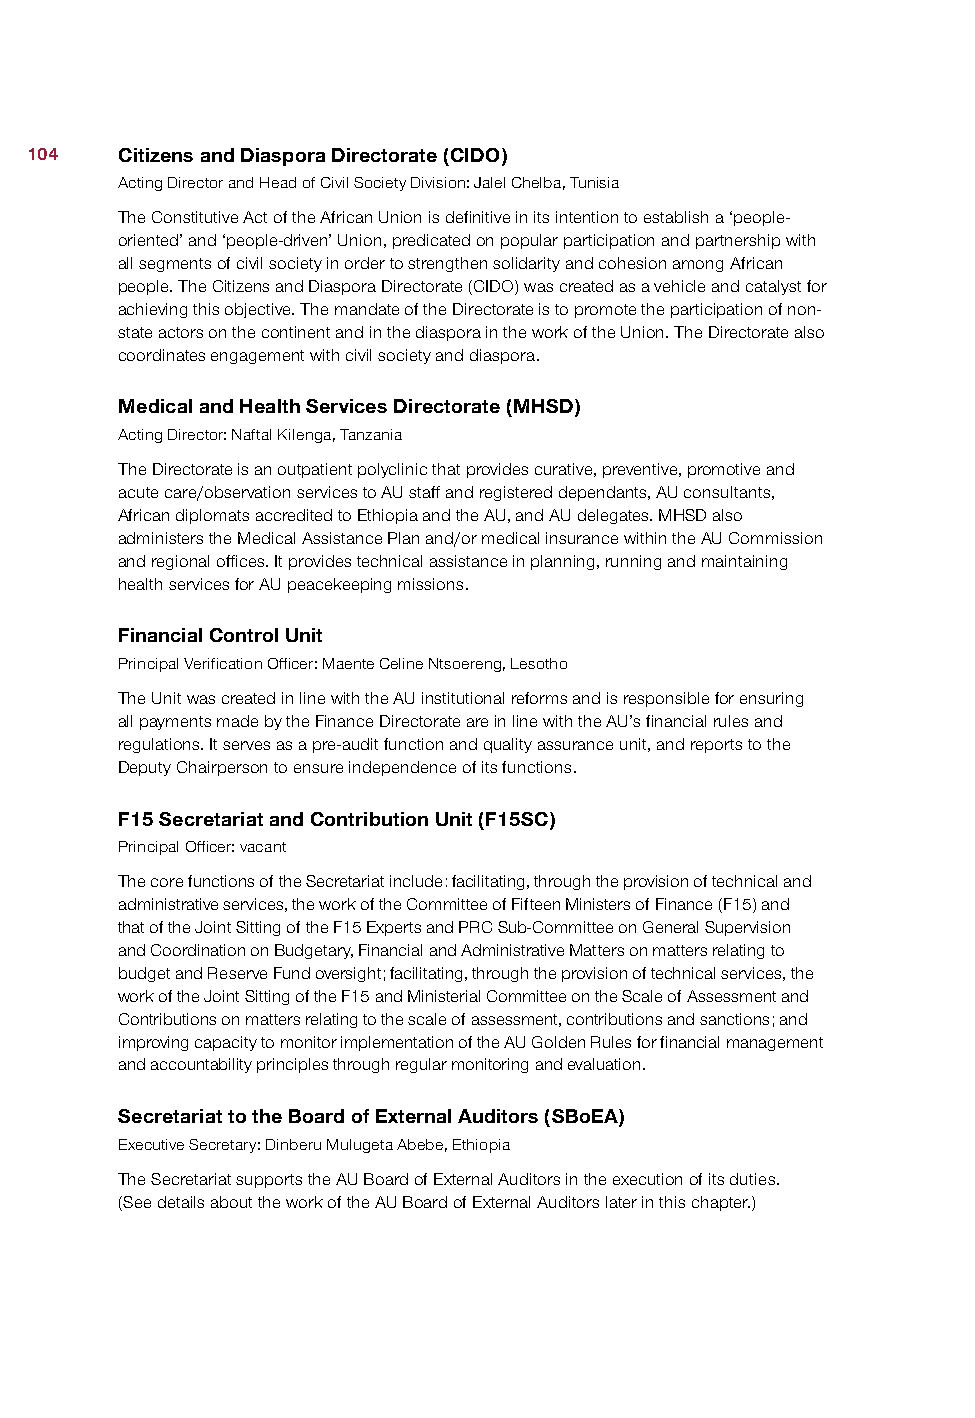
104   Citizens and Diaspora Directorate (CIDO)
 Acting Director and Head of Civil Society Division: Jalel Chelba, Tunisia
 The Constitutive Act of the African Union is definitive in its intention to establish a ‘people-
 oriented’ and ‘people-driven’ Union, predicated on popular participation and partnership with
 all segments of civil society in order to strengthen solidarity and cohesion among African
 people. The Citizens and Diaspora Directorate (CIDO) was created as a vehicle and catalyst for
 achieving this objective. The mandate of the Directorate is to promote the participation of non-
 state actors on the continent and in the diaspora in the work of the Union. The Directorate also
 coordinates engagement with civil society and diaspora.
 Medical and Health Services Directorate (MHSD)
 Acting Director: Naftal Kilenga, Tanzania
 The Directorate is an outpatient polyclinic that provides curative, preventive, promotive and
 acute care/observation services to AU staff and registered dependants, AU consultants,
 African diplomats accredited to Ethiopia and the AU, and AU delegates. MHSD also
 administers the Medical Assistance Plan and/or medical insurance within the AU Commission
 and regional offices. It provides technical assistance in planning, running and maintaining
 health services for AU peacekeeping missions.
 Financial Control Unit
 Principal Verification Officer: Maente Celine Ntsoereng, Lesotho
 The Unit was created in line with the AU institutional reforms and is responsible for ensuring
 all payments made by the Finance Directorate are in line with the AU’s financial rules and
 regulations. It serves as a pre-audit function and quality assurance unit, and reports to the
 Deputy Chairperson to ensure independence of its functions.
 F15 Secretariat and Contribution Unit (F15SC)
 Principal Officer: vacant
 The core functions of the Secretariat include: facilitating, through the provision of technical and
 administrative services, the work of the Committee of Fifteen Ministers of Finance (F15) and
 that of the Joint Sitting of the F15 Experts and PRC Sub-Committee on General Supervision
 and Coordination on Budgetary, Financial and Administrative Matters on matters relating to
 budget and Reserve Fund oversight; facilitating, through the provision of technical services, the
 work of the Joint Sitting of the F15 and Ministerial Committee on the Scale of Assessment and
 Contributions on matters relating to the scale of assessment, contributions and sanctions; and
 improving capacity to monitor implementation of the AU Golden Rules for financial management
 and accountability principles through regular monitoring and evaluation.
 Secretariat to the Board of External Auditors (SBoEA)
 Executive Secretary: Dinberu Mulugeta Abebe, Ethiopia
 The Secretariat supports the AU Board of External Auditors in the execution of its duties.
 (See details about the work of the AU Board of External Auditors later in this chapter.)